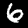
Label: 6